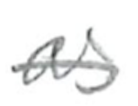
Text: as
Cross-out: single-line
Writing tool: pencil